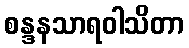
စန္ဒနသာရဝါသိတာ